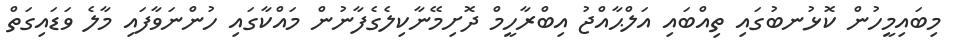
މިބައިމީހުން ކޮޅުނބުގައި ތިއްބައި އަލްޙާއްޖު އިބްރާހީމް ދޮށިމޭނާކިލެގެފާނުން މައްކާގައި ހުންނަވާފައި މާލެ ވަޑައިގަތް